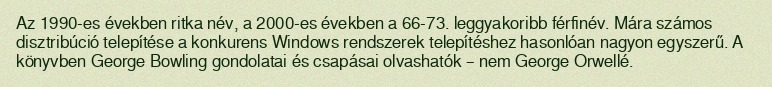
Az 1990-es években ritka név, a 2000-es években a 66-73. leggyakoribb férfinév. Mára számos disztribúció telepítése a konkurens Windows rendszerek telepítéshez hasonlóan nagyon egyszerű. A könyvben George Bowling gondolatai és csapásai olvashatók – nem George Orwellé.